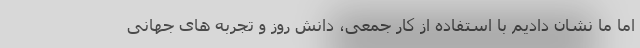
اما ما نشان دادیم با استفاده از کار جمعی، دانش روز و تجربه های جهانی